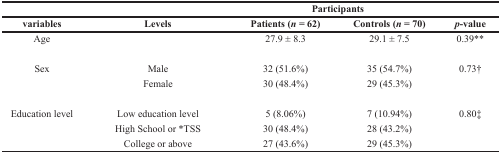
<table><thead><tr><td></td><td></td><td colspan="2"><b>Participants</b></td><td></td></tr><tr><td><b>variables</b></td><td><b>Levels</b></td><td><b>Patients (<i>n</i> = 62)</b></td><td><b>Controls (<i>n</i> = 70)</b></td><td><b><i>p</i>-value</b></td></tr></thead><tbody><tr><td>Age</td><td></td><td>27.9 ± 8.3</td><td>29.1 ± 7.5</td><td>0.39**</td></tr><tr><td>Sex</td><td>Male</td><td>32 (51.6%)</td><td>35 (54.7%)</td><td>0.73†</td></tr><tr><td></td><td>Female</td><td>30 (48.4%)</td><td>29 (45.3%)</td><td></td></tr><tr><td>Education level</td><td>Low education level</td><td>5 (8.06%)</td><td>7 (10.94%)</td><td>0.80‡</td></tr><tr><td></td><td>High School or *TSS</td><td>30 (48.4%)</td><td>28 (43.2%)</td><td></td></tr><tr><td></td><td>College or above</td><td>27 (43.6%)</td><td>29 (45.3%)</td><td></td></tr></tbody></table>